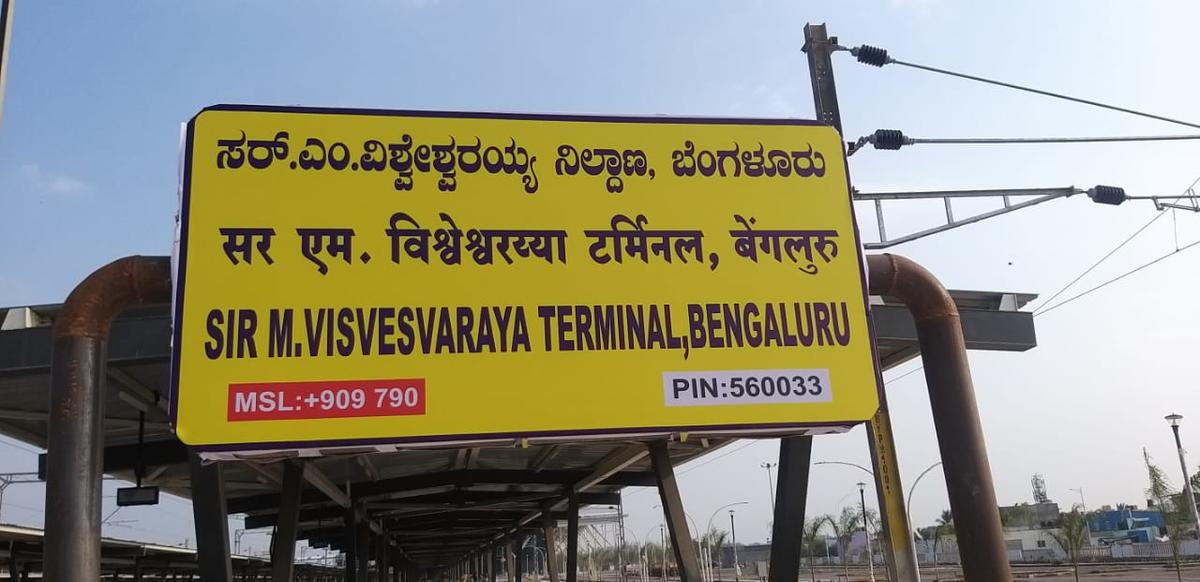
Language: kannada
Transcription: ನಿಲ್ದಾಣ ಬೆಂಗಳೂರು ಸರ್.ಎಂ.ವಿಶ್ವೇಶ್ವರಯ್ಯ